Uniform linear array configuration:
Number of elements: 32
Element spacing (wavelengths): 0.25
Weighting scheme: hamming
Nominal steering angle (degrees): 60
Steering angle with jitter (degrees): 60.648
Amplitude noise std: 0.05
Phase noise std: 0.05

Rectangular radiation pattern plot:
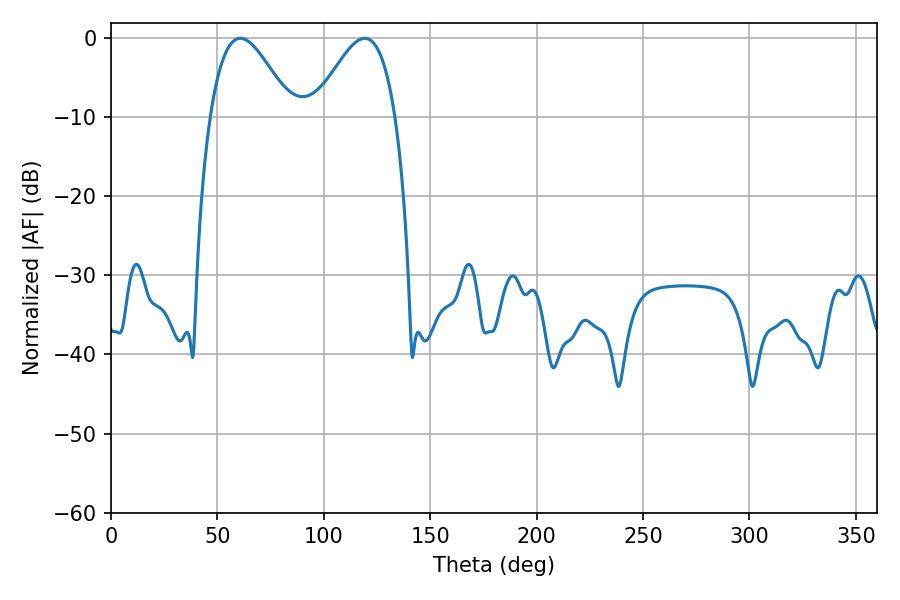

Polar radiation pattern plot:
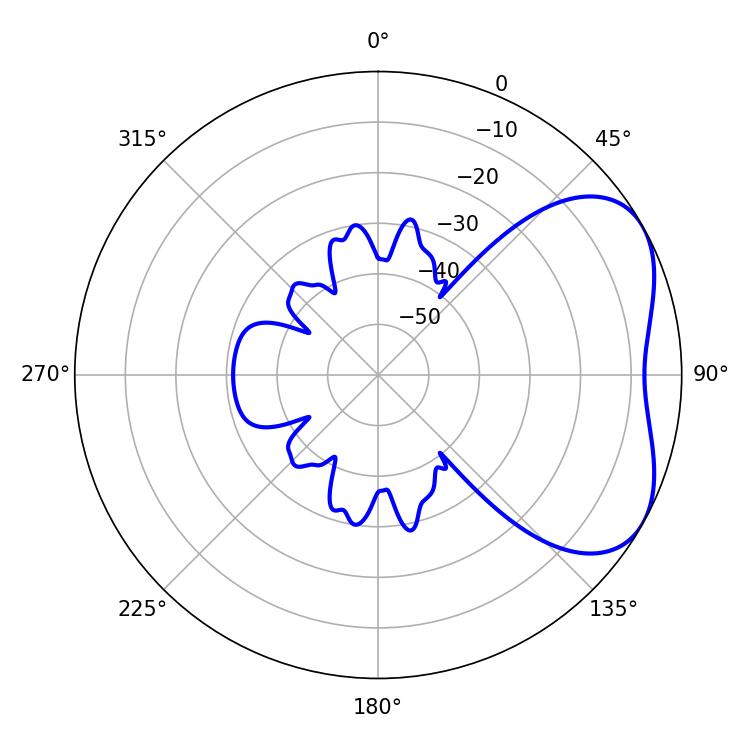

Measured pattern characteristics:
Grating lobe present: FALSE
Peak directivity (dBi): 4.444
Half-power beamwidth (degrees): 20.52
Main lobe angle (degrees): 60.84